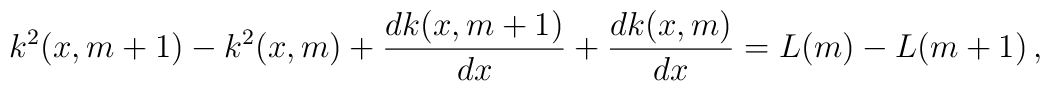
k^2(x,m+1)-k^2(x,m)+\frac{dk(x,m+1)}{dx}+\frac{dk(x,m)}{dx}=L(m)-L(m+1)\,,